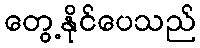
တွေ့နိုင်ပေသည်